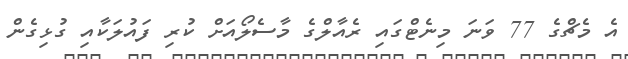
އެ މެޗްގެ 77 ވަނަ މިނެޓްގައި ރެއާލްގެ މާސެލޯއަށް ކުރި ފައުލަކާއި ގުޅިގެން